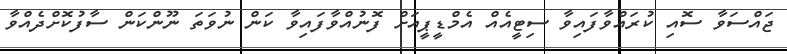
ޖައްސަވާ ސޮއި ކުރައްވާފައިވާ ސިޓީއެއް އެމްޑީޕީއަށް ފޮނުއްވާފައިވާ ކަން ނުވަތަ ނޫންކަން ސާފުކޮށްދެއްވާ